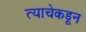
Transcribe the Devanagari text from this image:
त्याचेकडून